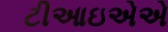
ટીઆઇએએ